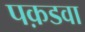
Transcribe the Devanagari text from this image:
पक़डवा